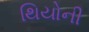
થિયોની